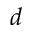
d